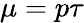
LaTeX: \mu=p\tau